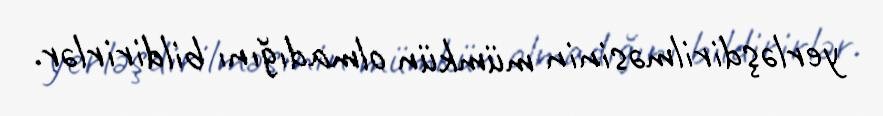
yerləşdirilməsinin mümkün olmadığını bildirirlər.